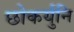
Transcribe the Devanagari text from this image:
छोकर्युनि